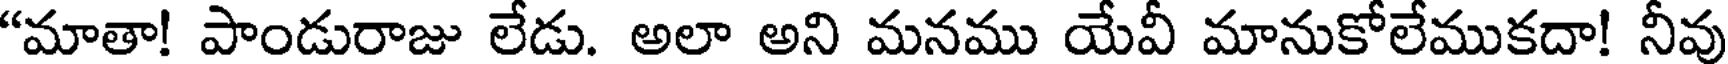
"మాతా! పాండురాజు లేడు. అలా అని మనము యేవీ మానుకోలేముకదా! నీవు